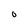
Character: 0